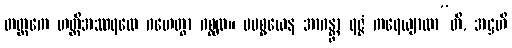
တတ္တကေ ဟတ္ထိအဿရထေ ဂဟေတွာ ဂစ္ဆထ။ မမစ္စယေန အာဂန္တွာ ရဇ္ဇံ ကရေယျာထာ”တိ, အဋ္ဌဟိ